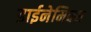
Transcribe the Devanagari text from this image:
डाईनेमिक्स